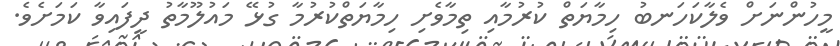
މީހުންނަށް ވެލާކަހަނބު ހިމާޔަތް ކުރުމާއި ތިމާވެށި ހިމާޔަތްކުރުމާ ގުޅޭ މައުލޫމާތު ދީފައިވާ ކަމަށެވެ.